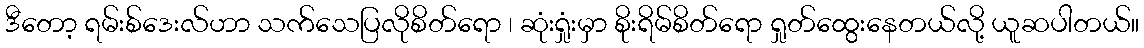
ဒီတော့ ရမ်းစ်ဒေးလ်ဟာ သက်သေပြလိုစိတ်ရော ၊ ဆုံးရှုံးမှာ စိုးရိမ်စိတ်ရော ရှုတ်ထွေးနေတယ်လို့ ယူဆပါတယ်။